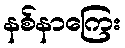
နစ်နာကြေး